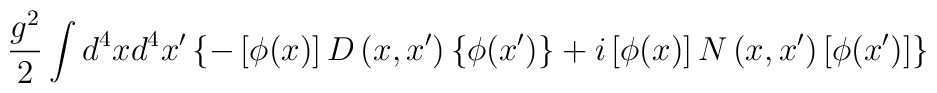
\frac{g^2}2\int d^4xd^4x^{\prime }\left\{ -\left[ \phi (x)\right] D\left(x,x^{\prime }\right) \left\{ \phi (x^{\prime })\right\} +i\left[ \phi(x)\right] N\left( x,x^{\prime }\right) \left[ \phi (x^{\prime })\right]\right\}